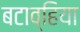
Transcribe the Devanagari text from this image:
बटाव्हिया